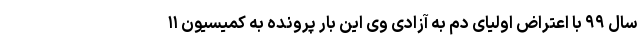
سال ۹۹ با اعتراض اولیای دم به آزادی وی این بار پرونده به کمیسیون ۱۱